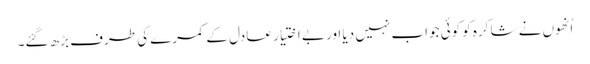
اُنھوں نے شاکرہ کو کوئی جواب نہیں دیا اور بے اِختیار عادل کے کمرے کی طرف بڑھ گئے۔